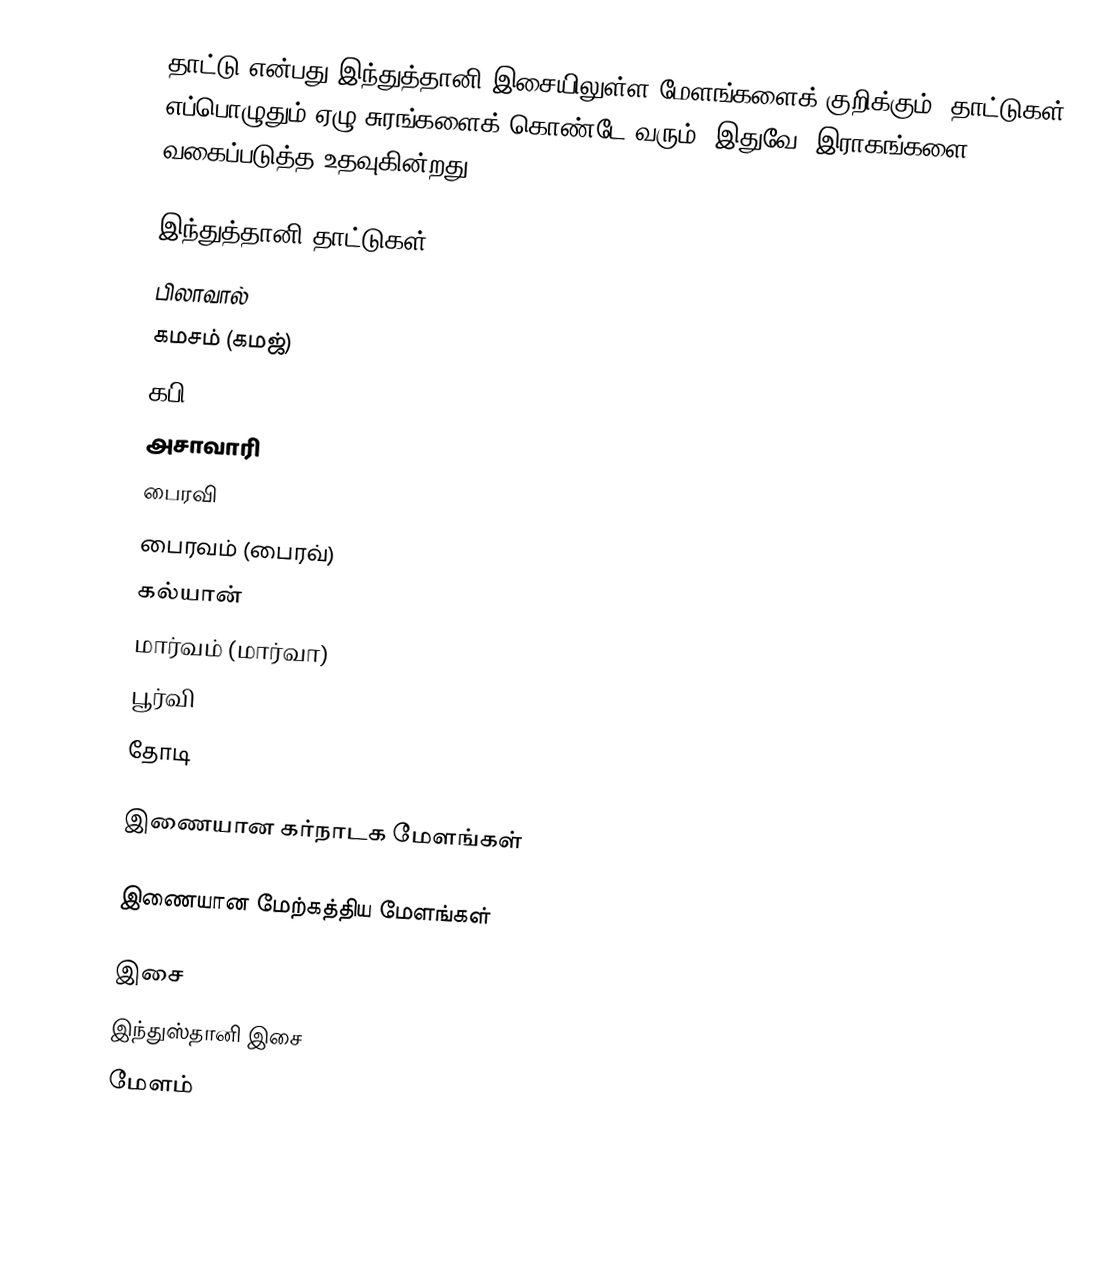
தாட்டு என்பது இந்துத்தானி இசையிலுள்ள மேளங்களைக் குறிக்கும். தாட்டுகள் எப்பொழுதும் ஏழு சுரங்களைக் கொண்டே வரும். இதுவே, இராகங்களை வகைப்படுத்த உதவுகின்றது.

இந்துத்தானி தாட்டுகள்
 பிலாவால்
 கமசம் (கமஜ்)
 கபி
 அசாவாரி
 பைரவி
 பைரவம் (பைரவ்)
 கல்யான்
 மார்வம் (மார்வா)
 பூர்வி
 தோடி

இணையான கர்நாடக மேளங்கள்

இணையான மேற்கத்திய மேளங்கள்

இசை
இந்துஸ்தானி இசை
மேளம்